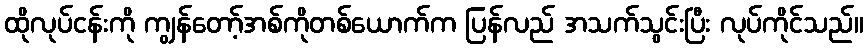
ထိုလုပ်ငန်းကို ကျွန်တော့်အစ်ကိုတစ်ယောက်က ပြန်လည် အသက်သွင်းပြီး လုပ်ကိုင်သည်။